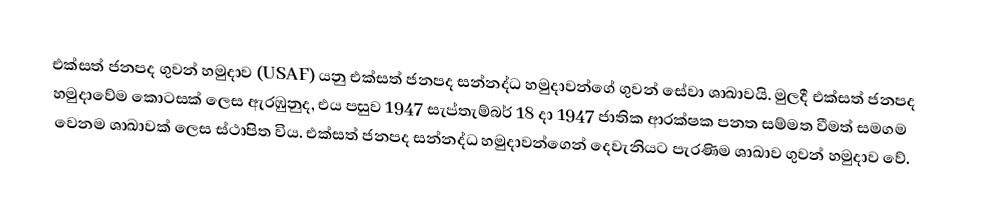
එක්සත් ජනපද ගුවන් හමුදාව (USAF) යනු එක්සත් ජනපද සන්නද්ධ හමුදාවන්ගේ ගුවන් සේවා ශාඛාවයි. මුලදී එක්සත් ජනපද හමුදාවේම කොටසක් ලෙස ඇරඹුනුද, එය පසුව 1947 සැප්තැම්බර් 18 දා 1947 ජාතික ආරක්ෂක පනත සම්මත වීමත් සමගම වෙනම ශාඛාවක් ලෙස ස්ථාපිත විය. එක්සත් ජනපද සන්නද්ධ හමුදාවන්ගෙන් දෙවැනියට පැරණිම ශාඛාව ගුවන් හමුදාව වේ.